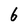
Character: 6